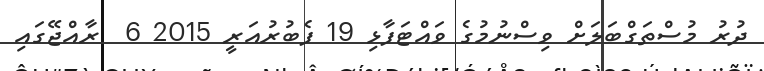
ދުރު މުސްތަގްބަލަށް ވިސްނުމުގެ ވައްޓަފާޅި 19 ފެބުރުއަރީ 2015 6  ރާއްޖޭގައި